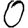
Digit: 0